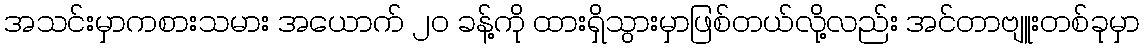
အသင်းမှာကစားသမား အယောက် ၂၀ ခန့်ကို ထားရှိသွားမှာဖြစ်တယ်လို့လည်း အင်တာဗျူးတစ်ခုမှာ